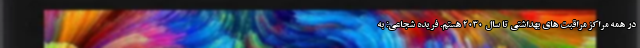
در همه مراکز مراقبت های بهداشتی تا سال ۲۰۳۰ هستم. فریده شجاعی: به